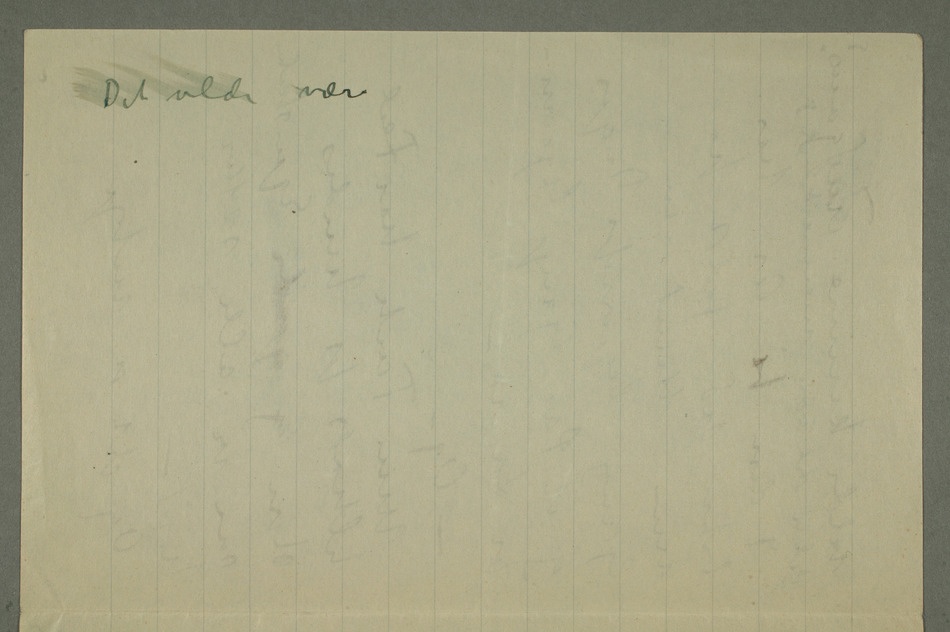
Det vilde være